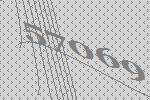
57069